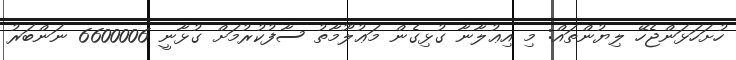
ހުށަހަޅަންޖެހޭ ލިޔުންތައް: މި އިޢުލާނާ ގުޅިގެން މަޢުލޫމާތު ސާފުކުރުމަށް ގުޅާނީ 6600006 ނަންބަރު